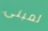
لمبنى